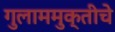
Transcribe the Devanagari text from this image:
गुलाममुक्तीचे